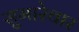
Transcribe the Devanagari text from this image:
सुमारेचार